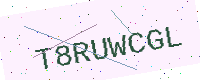
Text: T8RUWCGL